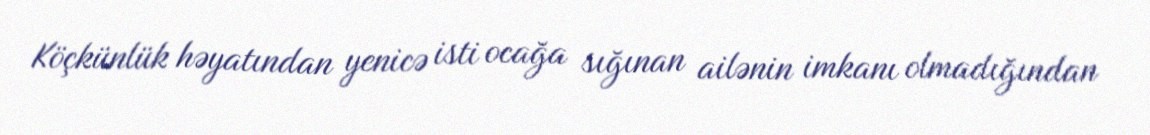
Köçkünlük həyatından yenicə isti ocağa sığınan ailənin imkanı olmadığından